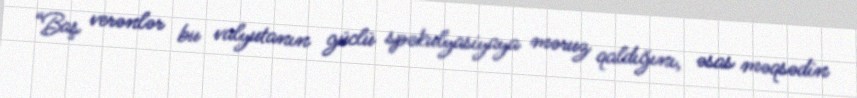
“Baş verənlər bu valyutanın güclü spekulyasiyaya məruz qaldığını, əsas məqsədin